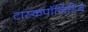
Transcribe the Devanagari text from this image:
टास्कपॉजिटिव